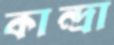
কান্দ্রা